Annual administration report of the Civil Veterinary Department of India - 1899-1900
Year: 1899
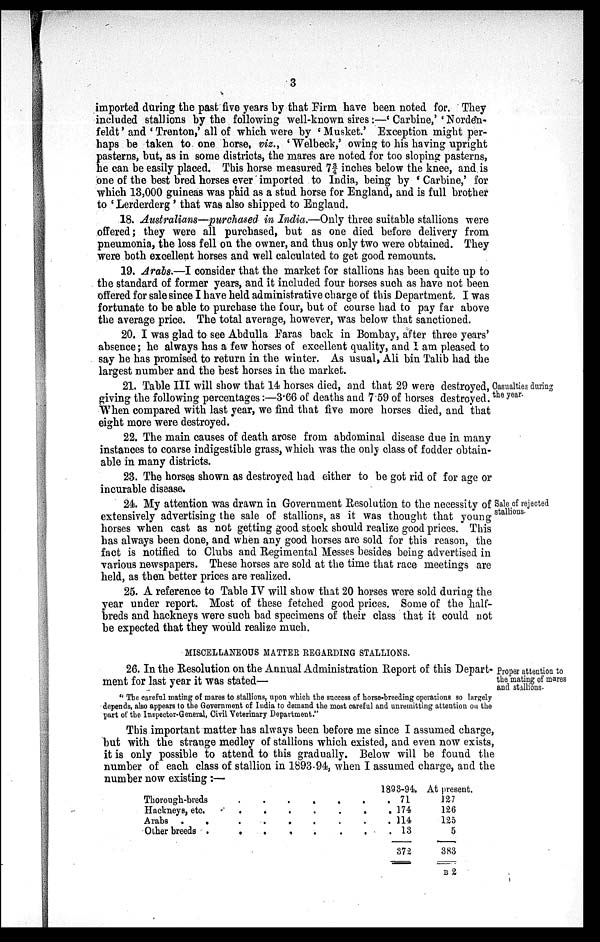
3
imported during the past five years by that Firm have been noted for. They
included stallions by the following well-known sires:—'Carbine,' 'Norden-
feldt' and 'Trenton,' all of which were by 'Musket.' Exception might per-
haps be taken to one horse, viz., 'Welbeck,' owing to his having upright
pasterns, but, as in some districts, the mares are noted for too sloping pasterns,
he can be easily placed. This horse measured 7 3/4 inches below the knee, and is
one of the best bred horses ever imported to India, being by 'Carbine,' for
which 13,000 guineas was paid as a stud horse for England, and is full brother
to 'Lerderderg' that was also shipped to England.
18. Australians—purchased in India.—Only three suitable stallions were
offered; they were all purchased, but as one died before delivery from
pneumonia, the loss fell on the owner, and thus only two were obtained. They
were both excellent horses and well calculated to get good remounts.
19. Arabs.—I consider that the market for stallions has been quite up to
the standard of former years, and it included four horses such as have not been
offered for sale since I have held administrative charge of this Department. I was
fortunate to be able to purchase the four, but of course had to pay far above
the average price. The total average, however, was below that sanctioned.
20. I was glad to see Abdulla Faras back in Bombay, after three years'
absence; he always has a few horses of excellent quality, and I am pleased to
say he has promised to return in the winter. As usual, Ali bin Talib had the
largest number and the best horses in the market.
Casualties during
the year.
21. Table III will show that 14 horses died, and that 29 were destroyed,
giving the following percentages:—3.66 of deaths and 7.59 of horses destroyed.
When compared with last year, we find that five more horses died, and that
eight more were destroyed.
22. The main causes of death arose from abdominal disease due in many
instances to coarse indigestible grass, which was the only class of fodder obtain-
able in many districts.
23. The horses shown as destroyed had either to be got rid of for age or
incurable disease.
Sale of rejected
stallions.
24. My attention was drawn in Government Resolution to the necessity of
extensively advertising the sale of stallions, as it was thought that young
horses when cast as not getting good stock should realize good prices. This
has always been done, and when any good horses are sold for this reason, the
fact is notified to Clubs and Regimental Messes besides being advertised in
various newspapers. These horses are sold at the time that race meetings are
held, as then better prices are realized.
25. A reference to Table IV will show that 20 horses were sold during the
year under report. Most of these fetched good prices. Some of the half-
breds and hackneys were such bad specimens of their class that it could not
be expected that they would realize much.
Proper attention to
the mating of mares
and stallions.
MISCELLANEOUS MATTER REGARDING STALLIONS.
26. In the Resolution on the Annual Administration Report of this Depart-
ment for last year it was stated—
"The careful mating of mares to stallions, upon which the success of horse-breeding operations so largely
depends, also appears to the Government of India to demand the most careful and unremitting attention on the
part of the Inspector-General, Civil Veterinary Department."
This important matter has always been before me since I assumed charge,
but with the strange medley of stallions which existed, and even now exists,
it is only possible to attend to this gradually. Below will be found the
number of each class of stallion in 1893-94, when I assumed charge, and the
number now existing:—
Thorough-breds
.
.
.
.
.
.
Hackneys, etc.
.
.
.
.
.
.
Arabs .
.
.
.
.
.
.
.
Other breeds .
.
.
.
.
.
.
1893-94
. 71
. 174
. 114
. 13
372
At present.
127
126
125
5
383
B 2